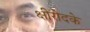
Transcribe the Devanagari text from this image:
क्षीरोदके